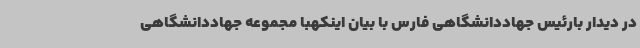
در دیدار بارئیس جهاددانشگاهی فارس با بیان اینکهبا مجموعه جهاددانشگاهی